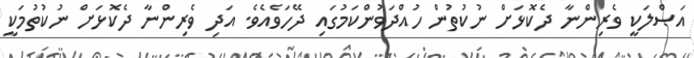
އަޞްލަކީ ވެރިންނާ ދެކޮޅަށް ނުކުތުން ހުއްދަވުންކަމުގައި ދޭހަވެއެވެ. އަދި ވެރިންނާ ދެކޮޅަށް ނުކުތުމަކީ